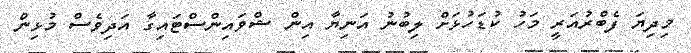
މިދިޔަ ފެބްރުއަރީ މަހު ކުޑަހުޅަށް ލިބުނު އަނިޔާ އިން ޝްވައިންސްޓައިގާ އަދިވެސް މުޅިން